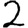
Digit: 2